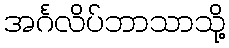
အင်္ဂလိပ်ဘာသာသို့